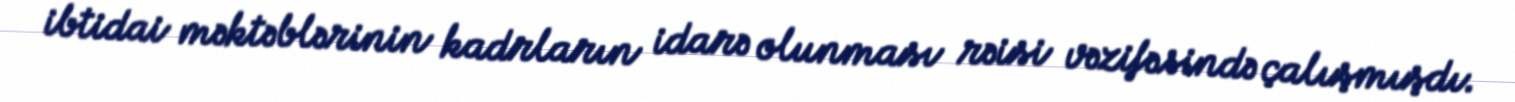
ibtidai məktəblərinin kadrların idarə olunması rəisi vəzifəsində çalışmışdı.